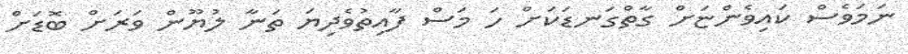
ނަމަވެސް ކައިވެންޏަށް ގާތްގަނޑަކަށް ހަ މަސް ފާއިތުވެދިޔަ ތަނާ ލުޔޫން ވަރަށް ބޮޑަށް